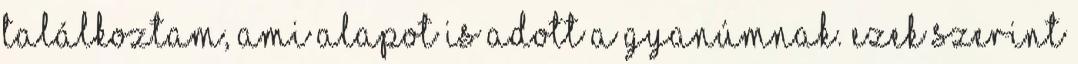
találkoztam, ami alapot is adott a gyanúmnak. Ezek szerint